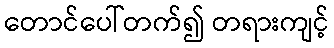
တောင်ပေါ်တက်၍ တရားကျင့်